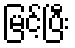
မြင့်ပြီး